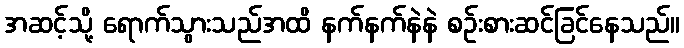
အဆင့်သို့ ရောက်သွားသည်အထိ နက်နက်နဲနဲ စဉ်းစားဆင်ခြင်နေသည်။